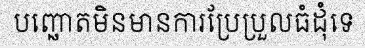
បញ្ឆោតមិនមានការប្រែប្រួលធំដុំទេ